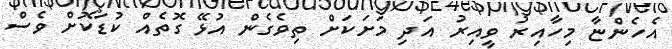
އެހެންޏާ މިހާއިރު ވީއިރު އަދި މަށަކަށް ތިވެގެން އުޅޭ ގޮތެއް ކުޑަކޮށް ވެސް